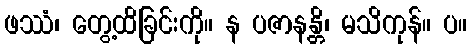
ဖဿံ၊ တွေ့ထိခြင်းကို။ န ပဇာနန္တိ၊ မသိကုန်။ ပ။